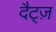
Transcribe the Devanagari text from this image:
दैट्ज़